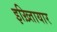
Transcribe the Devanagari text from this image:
इख़्तिायार